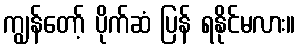
ကျွန်တော့် ပိုက်ဆံ ပြန် ရနိုင်မလား။